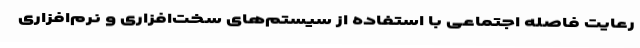
رعایت فاصله اجتماعی با استفاده از سیستم‌های سخت‌افزاری و نرم‌افزاری